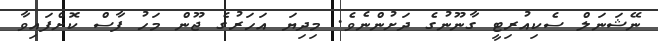
ނޭޝަަނަލް ސެކިއުރިޓީ ގާނޫނުގެ ދަށުންނެވެ. މިދިޔަ އަހަރުގެ ޖޫން މަހު ފާސް ކޮށްފައިވާ